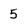
Character: 5